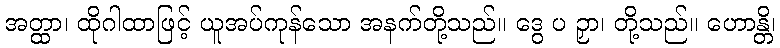
အတ္ထာ၊ ထိုဂါထာဖြင့် ယူအပ်ကုန်သော အနက်တို့သည်။ ဒွေ ပ ဉှာ၊ တို့သည်။ ဟောန္တိ၊